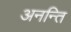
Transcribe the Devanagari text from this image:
अनन्ति